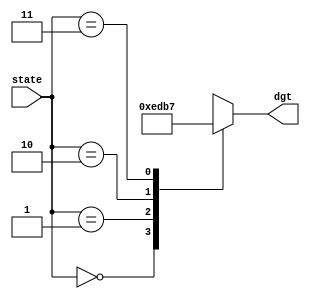
`timescale 1ns / 1ps
//////////////////////////////////////////////////////////////////////////////////
// Company: 
// Engineer: 
// 
// Design Name: 
// Module Name:    dgt_decode 
// Project Name: 
// Target Devices: 
// Tool versions: 
// Description: 
//
// Dependencies: 
//
// Revision: 
// Revision 0.01 - File Created
// Additional Comments: 
//
//////////////////////////////////////////////////////////////////////////////////
module dgt_decode(output reg [3:0] dgt, input [1:0] state);
	always @(state)
	begin
		case(state)
			0: dgt <= 4'b1110;
			1: dgt <= 4'b1101;
			2: dgt <= 4'b1011;
			3: dgt <= 4'b0111;
		endcase
	end
endmodule